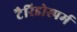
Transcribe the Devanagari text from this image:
टैरिडोस्पर्म